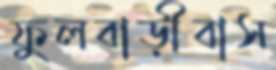
ফুলবাড়ীবাস